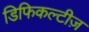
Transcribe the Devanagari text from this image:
डिफिकल्टीज़